Report on vaccination in Madras 1904-1921 - 1904-1921
Year: 1904
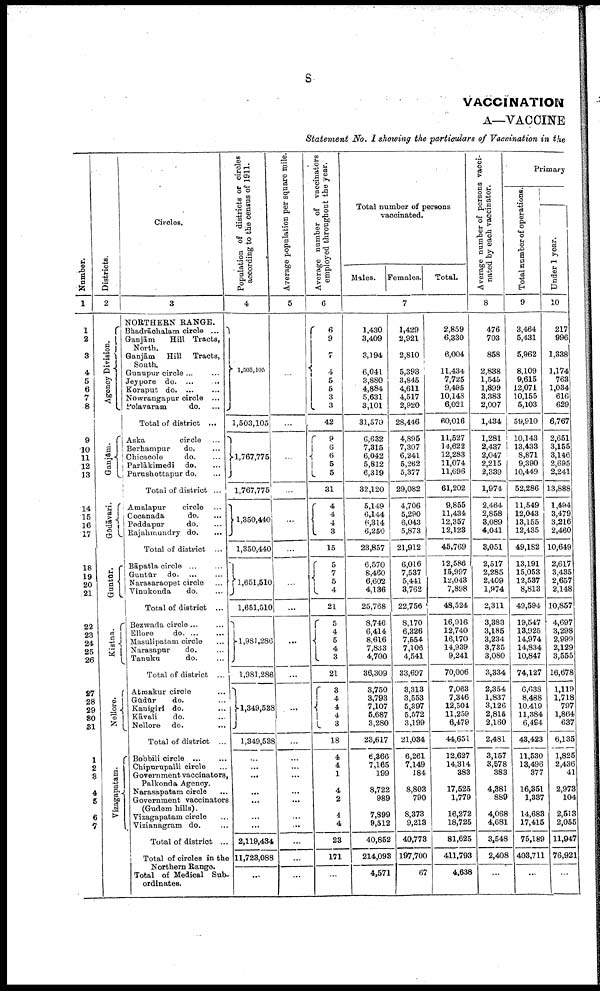
8
VACCINATION
A—VACCINE
Statement No. I showing the particulars of Vaccination in the
Number.
1
1
2
3
4
5
6
7
8
9
10
11
12
13
14
15
16
17
18
19
20
21
22
23
24
25
26
27
28
29
30
31
1
2
3
4
5
6
7
Districts.
2
Agency Division.
Ganjam.
Godāvari.
Guntur.
Kistna.
Nellore.
Vizagapatam.
Circles.
3
NORTHERN RANGE.
Bhadrāchalam circle ...
Ganjām
Hill Tracts,
North.
Ganjām
Hill Tracts,
South.
Gunupur circle ... ...
Jeypore do. ... ...
Koraput
do. ... ...
Nowrangapur circle ...
Polavaram
do. ...
Total of district ...
Aska
circle ...
Berhampur
do. ...
Chicacole
do. ...
Parlākimedi do. ...
Purushottapur do. ...
Total of district ...
Amalapur
circle ...
Cocanada
do. ...
Peddapur
do. ...
Rajahmundry do. ...
Total of district ...
Bāpatla circle ... ...
Guntūr do. ... ...
Narasaraopet circle ...
Vinukonda
do. ...
Total of district ...
Bezwada circle ... ...
Ellore
do. ... ...
Masulipatam circle ...
Narasapur
do. ...
Tanuku
do. ...
Total of district ...
Atmakur circle ...
Gūdūr
do. ...
Kanigiri do. ...
Kāvali
do. ...
Nellore do. ...
Total of district ...
Bobbili circle ... ...
Chipurupalli circle ...
Government vaccinators,
Palkonda Agency.
Narasapatam circle ...
Government vaccinators
(Gudem hills).
Vizagapatam circle ...
Vizianagram do. ...
Total of district ...
Total of circles in the
Northern Range.
Total of Medical Sub
ordinates.
Population of districts or circles
according to the census of 1911.
4
1,503,105
1,503,105
1,767,775
1,767,775
1,350,440
1,350,440
1,651,510
1,651,510
1,981,286
1,981,286
1,349,538
1,349,538
...
...
...
...
...
...
...
2,119,434
11,723,088
...
Average population per square mile.
5
...
...
...
...
...
...
...
...
...
...
...
...
...
...
...
...
...
...
...
...
...
Average number of vaccinators
employed throughout the year.
6
6
9
7
4
5
5
3
3
42
9
6
6
5
5
31
4
4
4
3
15
5
7
5
4
21
5
4
5
4 3
21
3
4
4
4
3
18
4
4
1
4
2
4
4
23
171
...
Total number of persons
vaccinated.
Males. Females.
Total.
7
1,430
3,409
3,194
6,041
3,880
4,884
5,631
3,101
31,570
6,632
7,315
6,042
5,812
6,319
32,120
5,149
6,144
6,314
6,250
23,857
6,570
8,460
6,602
4,136
25,768
8,746
6,414
8,616
7,833
4,700
36,309
3,750
3,793
7,107
5,687
3,280
23,617
6,366
7,165
199
8,722
989
7,899
9,512
40,852
214,098
4,571
1,429
2,921
2,810
5,393
3,845
4,611
4,517
2,920
28,446
4,895
7,307
6,241
5,262
5,377
29,082
4,706
5,290
6,043
5,873
21,912
6,016
7,537
5,441
3,762
22,756
8,170
6,326
7,654
7,106
4,541
33,697
3,313
3,553
5,397
5,572
3,199
21,034
6,261
7,149
184
8,803
790
8,373
9,213
40,773
197,700
67
2,859
6,330
6,004
11,434
7,725
9,495
10,148
6,021
60,016
11,527
14,622
12,283
11,074
11,696
61,202
9,855
11,434
12,357
12,128
45,769
12,586
15,997
12,043
7,898
48,524
16,916
12,740
16,170
14,939
9,241
70,006
7,063
7,346
12,501
11,259
6,479
44,651
12,627
14,314
383
17,525
1,779
16,272
18,725
81,625
411,793
4,638
Average number of persons vacci
nated by each vaccinator.
8
476
703
858
2,838
1,545
1,899
3,383
2,007
1,434
1,281
2,437
2,047
2,215
2,339
1,974
2,464
2,858
3,089
4,041
3,051
2,517
2,285
2,409
1,974
2,311
3,383
3,185
3,234
3,735
3,080
3,334
2,354
1,837
3,126
2,815
2,160
2,481
3,157
3,578
383
4,381
889
4,068
4,681
3,548
2,408
...
Primary
Total number of operations.
9
3,464
5,431
5,962
8,109
9,615
12,071
10,155
5,103
59,910
10,143
13,433
8,871
9,390
10,449
52,286
11,549
12,043
13,155
12,435
49,182
13,191
15,053
12,537
8,813
49,594
19,547
13,925
14,974
14,834
10,847
74,127
6,638
8,488
10,419
11,384
6,494
43,423
11,530
13,496
377
16,351
1,337
14,683
17,415
75,189
403,711
...
Under 1 year.
10
217
996
1,338
1,174
763
1,034
616
629
6,767
2,651
3,155
3,146
2,695
2,241
13,888
1,494
3,479
3,216
2,460
10,649
2,617
3,435
2,657
2,148
10,857
4,697
3,298
2,999
2,129
3,555
16,678
1,119
1,718
797
1,864
637
6,135
1,825
2,436
41
2,973
104
2,513
2,055
11,947
76,921
...